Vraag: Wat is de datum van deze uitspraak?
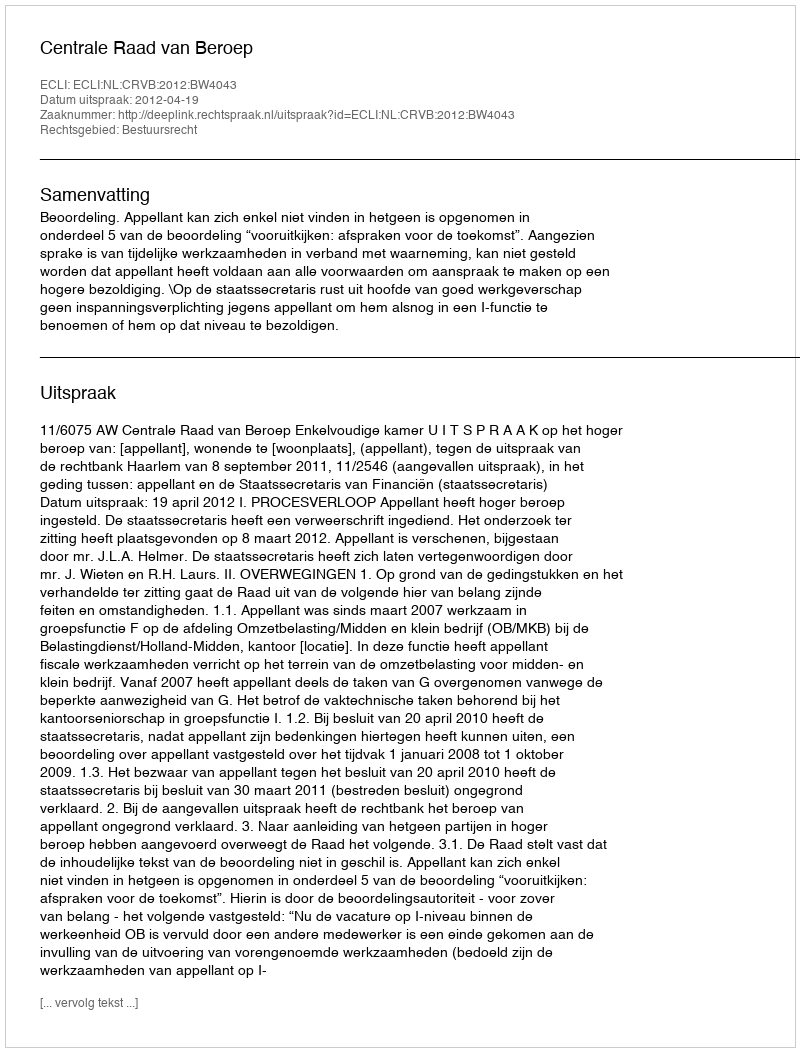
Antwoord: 2012-04-19